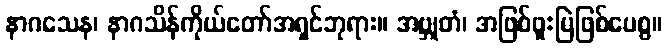
နာဂသေန၊ နာဂသိန်ကိုယ်တော်အရှင်ဘုရား။ အဗ္ဘုတံ၊ အဖြစ်ဖူးမြဲဖြစ်ပေစွ။